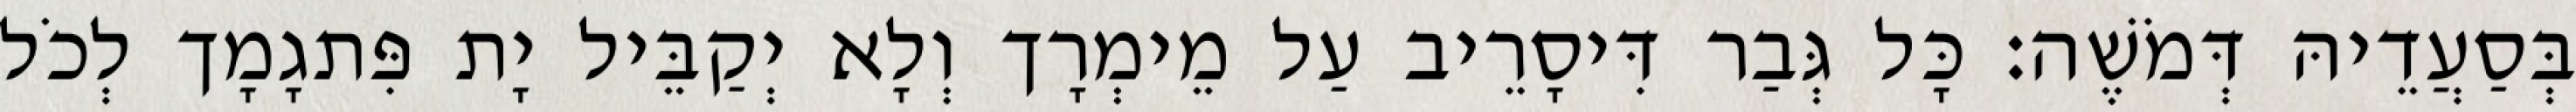
בְּסַעֲדֵיהּ דְּמֹשֶׁה׃ כָּל גְּבַר דִּיסָרֵיב עַל מֵימְרָך וְלָא יְקַבֵּיל יָת פִּתגָמָך לְכֹל